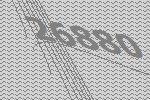
26880